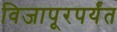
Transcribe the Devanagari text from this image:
विजापूरपर्यंत